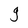
Character: g